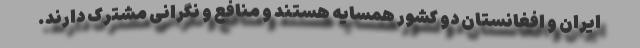
ایران و افغانستان دو کشور همسایه هستند و منافع و نگرانی مشترک دارند.